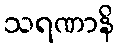
သရဏာနိ